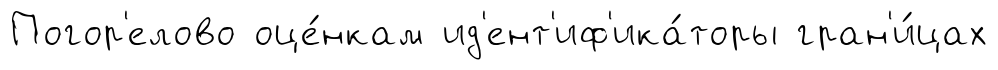
Погор'елово оце́нкам ид'ент'иф'ика́торы гран'и́цах